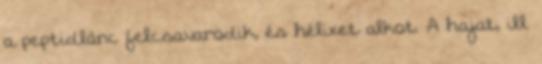
a peptidlánc felcsavarodik, és hélixet alkot. A hajat, ill.